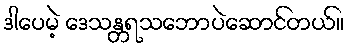
ဒါပေမဲ့ ဒေသန္တရသဘောပဲဆောင်တယ်။